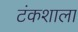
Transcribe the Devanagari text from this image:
टंकशाला